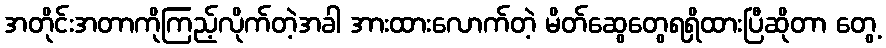
အတိုင်းအတာကိုကြည့်လိုက်တဲ့အခါ အားထားလောက်တဲ့ မိတ်ဆွေတွေရရှိထားပြီဆိုတာ တွေ့